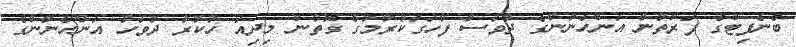
ބެނެފިޓްގެ ފަރާތުން އަންހެނުންގެ ދުވަސް ފާހަގަކުރުމުގެ ގޮތުން މިދިއަ ހުކުރު ދުވަހު އަންހެނުންގެ